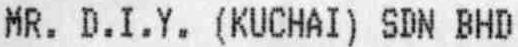
MR. D.I.Y. (KUCHAI) SDN BHD